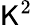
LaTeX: \mathsf{K}^{2}